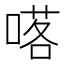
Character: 𠺴